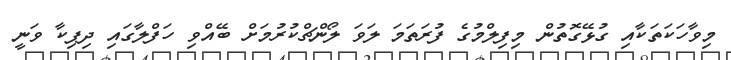
މިވާހަކަތަކާއި ގުޅޭގޮތުން މިފިލްމުގެ ފުރަތަމަ ލަވަ ލޯންޗްކުރުމަށް ބޭއްވި ހަފްލާގައި ދިޕިކާ ވަނީ